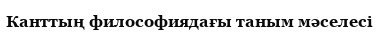
Канттың философиядағы таным мәселесі